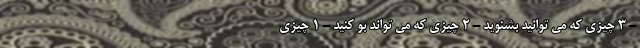
- 3 چیزی که می توانید بشنوید - 2 چیزی که می تواند بو کنید - 1 چیزی